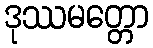
ဒုဿမတ္တော